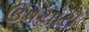
ઉપચારો